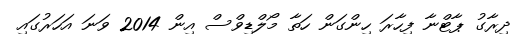
ދިރާގު ޕާޓްނާ ފިހާރަ ހިންގަން ހަތާ މޯލްޑިވްސް އިން 2014 ވަނަ އަހަރުގައި